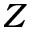
Z